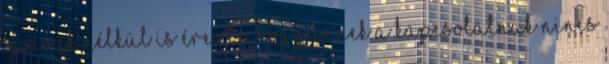
szavak nélkül is érezte, hogy ennek a kapcsolatnak nincs